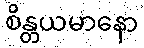
စိန္တယမာနော